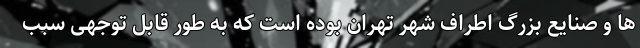
ها و صنایع بزرگ اطراف شهر تهران بوده است که به طور قابل توجهی سبب